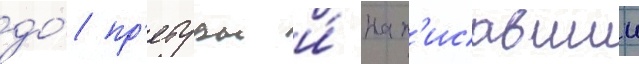
до́ пр'етуры и́ нап'исавшии